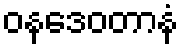
ဝနဒေဝတာနံ